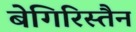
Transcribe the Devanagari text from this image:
बेगिरिस्तैन